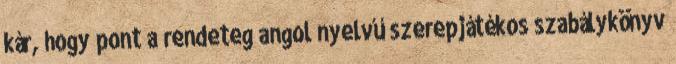
kár, hogy pont a rendeteg angol nyelvű szerepjátékos szabálykönyv